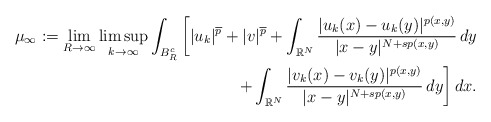
\begin{align*}\mu_{\infty}:= \lim_{R \to \infty}\limsup_{k \to \infty}\int_{B^{c}_{R}}\bigg[|u_k|^{\overline{p}}+|v|^{\overline{p}} + \int_{\mathbb{R}^{N} }\frac{|u_k(x)-u_k(y)|^{p(x,y)}}{|x-y|^{N+sp(x,y)}} \,dy \\ +\int_{\mathbb{R}^{N} }\frac{|v_k(x)-v_k(y)|^{p(x,y)}}{|x-y|^{N+sp(x,y)}} \,dy \bigg]\,dx.\end{align*}